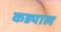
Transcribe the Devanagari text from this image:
कड्याल